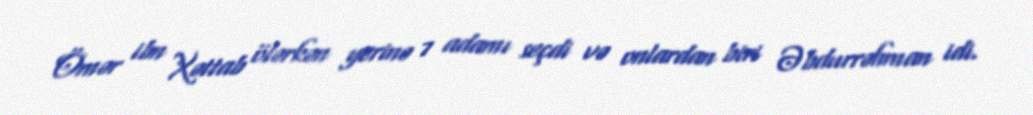
Ömər ibn Xəttab ölərkən yerinə 7 adamı seçdi və onlardan biri Əbdurrəhman idi.